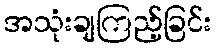
အသုံးချကြည့်ခြင်း